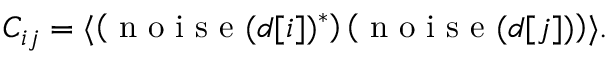
C _ { i j } = \langle \left( \mathrm { ~ n ~ o ~ i ~ s ~ e ~ } ( d [ i ] ) ^ { * } \right) \left( \mathrm { ~ n ~ o ~ i ~ s ~ e ~ } ( d [ j ] ) \right) \rangle .